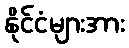
နိုင်ငံများအား